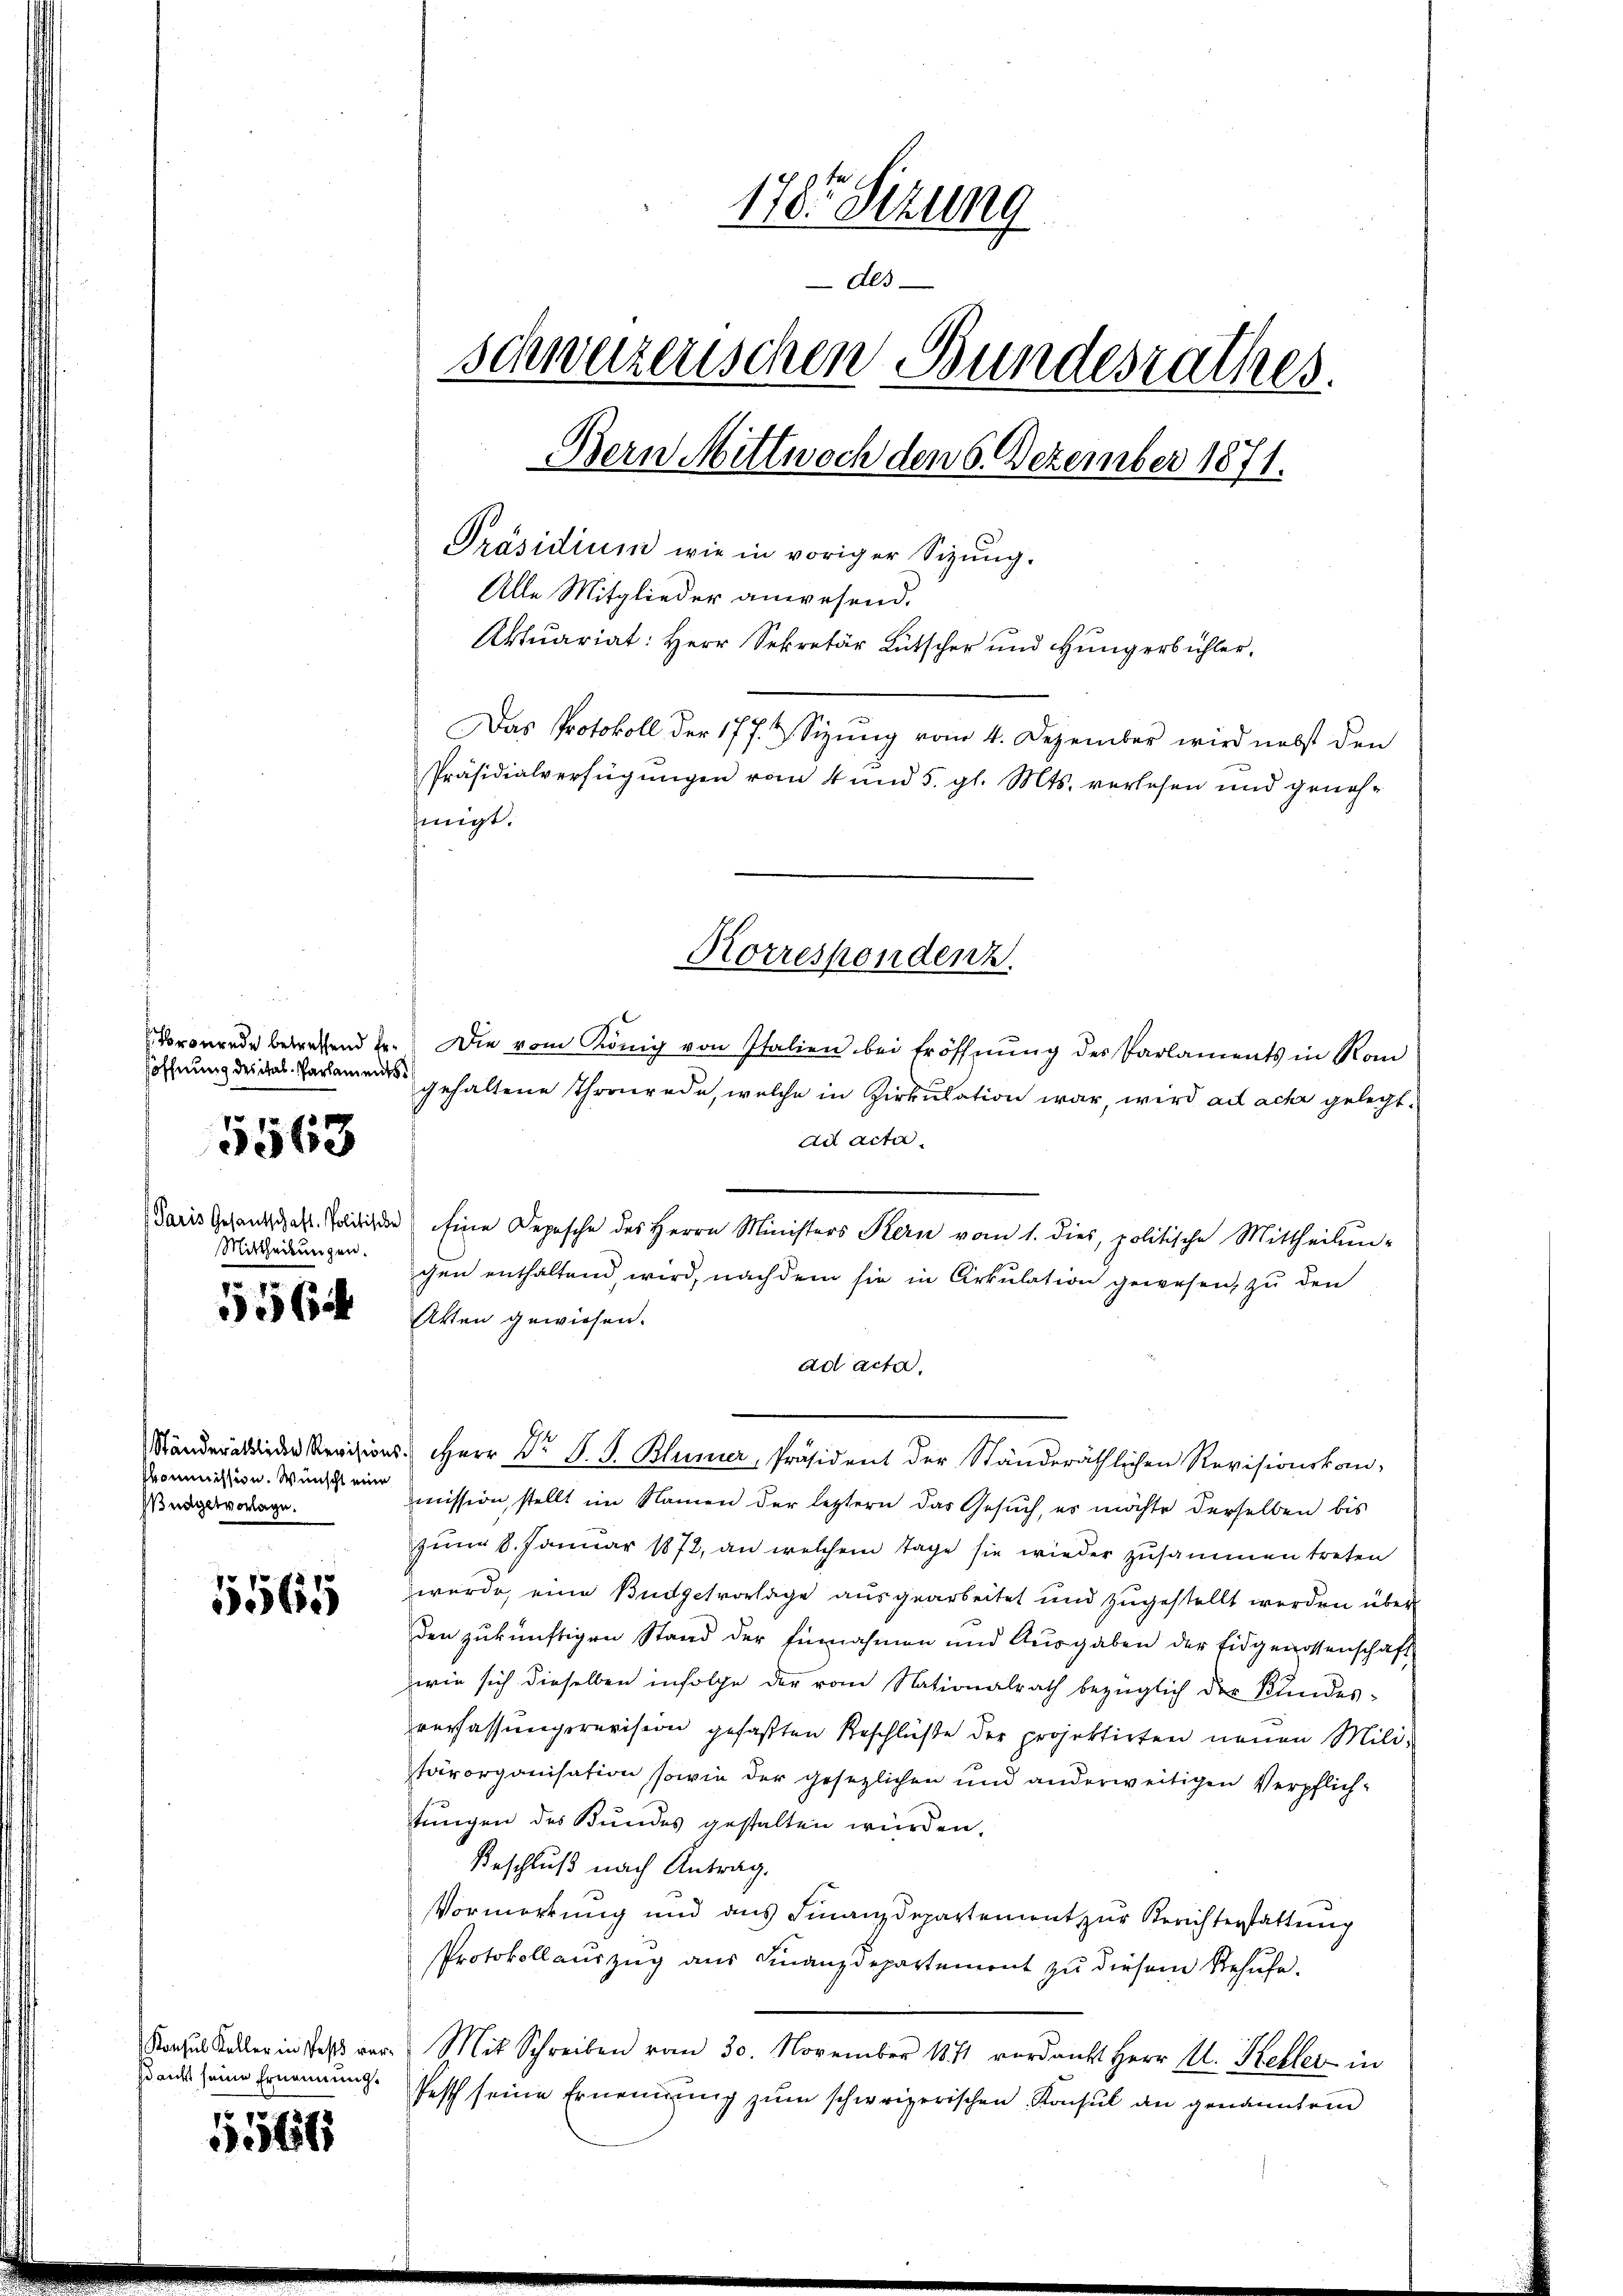
söffnung des ital. Parlaments
2
3063
Mittheilungen.

.
64

skommission. Wünscht eine
Budgetvorlage.

5569

5564

178. Sizung
des
schweizerischen Bundesrathes.
Bern Mittwoch den 6. Dezember 1871.
Präsidium wie in voriger Sizŭng.
Alle Mitglieder anwesend.
Aktuariat: Herr Sekretär Lütscher und Hungerbühler,
Das Protokoll der 177. & Sizung vom 4. Dezember wird nebst den
Präsidialverfügungen von 4 und 5. gl. Mts. verlesen und genehfiigt.

Vronrede betreffend E. Die vom König von Italien bei Eröffnŭng des Parlaments in Rom
gehaltene Thronrede, welche in Zirkulation war, wird ad ache gelegt.
ad acta
Paris Gesandtschaft. Solidie Eine Depesche des Herrn Ministers Kern vom 1. dies, politische Mittheilŭn-
gen enthaltend, wird, nachdem sie in Artulation gewesen, zu den
Akten gewiesen.
ad acta.
Ständere Revisions Herr Dr. S. S. Blümer, Präsident der Ständeräthlichen Revisionskom-
mission, stellt im Namen der leztern das Gesuch, es möchte derselben bis
zum 8. Januar 1872, an welchem Tage sie wieder zusammen treten
wurde, eine Budgetvorlage ausgearbeitet und zugestellt werden über
den zukünftigen Stand der Einnahmen und Ausgaben der Eidgenossenschaft
wie sich dieselben infolge der vom Nationalrath bezüglich der Kindes-
verfassungsrevision gefaßten Beschlüße der projektirten neuen Mili-
tärorganisation sowie der gesezlichen und anderweitigen Verpflichtungen des Bundes gestalten würden.
Beschluß nach Antrag.
Vormerkung und aus Finanzdepartement zur Berichterstattung
Protokollauszug aus Finanzdepartement zu diesem Behufe.
Kanzes Stadler in des vor. Mit Schreiben vom 30. November 1841 verdankt Herr M. Keller in
Bank seine Ernennung. Pest seine Ernennung zum schweizerischen Konsul an genanntem

Korrespondenz.